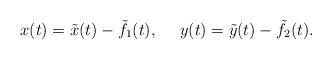
LaTeX: \begin{align*} x(t)=\tilde{x}(t)-\tilde{f}_{1}(t),\ \ \ \ y(t)=\tilde{y}(t)-\tilde{f}_{2}(t).\end{align*}